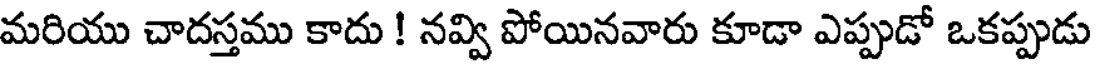
మరియు చాదస్తము కాదు ! నవ్వి పోయినవారు కూడా ఎప్పుడో ఒకప్పుడు